Scottish Leaving Certificate Examination, 1951
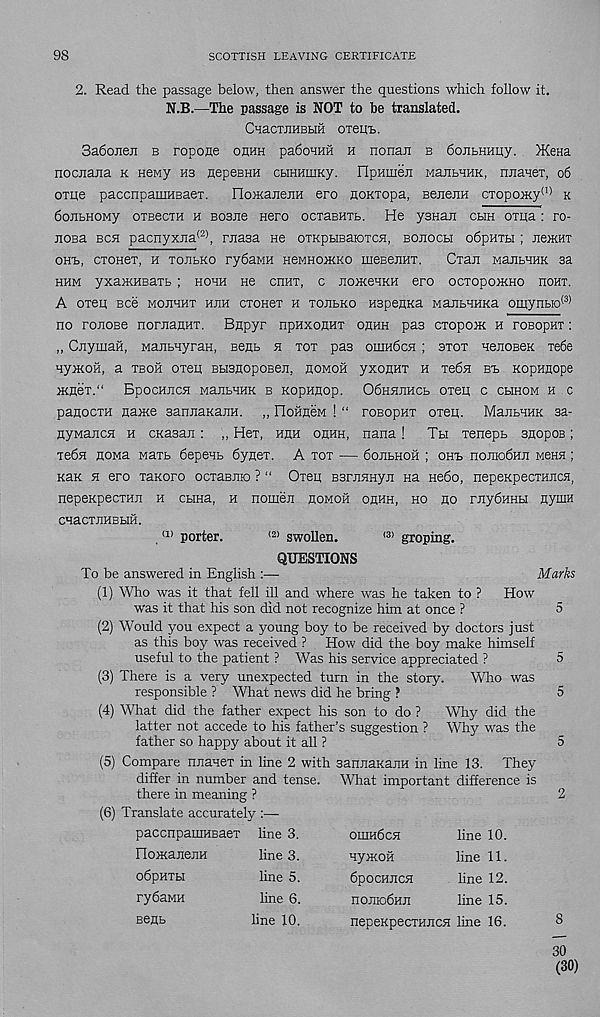
98
SCOTTISH LEAVING CERTIFICATE
2. Read the passage below, then answer the questions which follow it.
N.B.—The passage is ROT to be translated.
CHaCTJlHBHH OTeiTL.
3a6onen b ropoHe ohhh padoHHii h nonan b dojibHHijy. )KeHa
nocnana k Heny hb nepeBHH cuHHiiiKy. ripHmen ManBHHK, nJiaueT, 06
oxiie paccnpauiHEaer.
IloiKaiiejiH ero HOKTopa, Benenn cTopoiKy* 1 ' k
doiibHOMy oTBecTH h Bosiie nero ocxaBHTB. He ysnaii cbih oxiia : ro-
nosa bch pacnyxiia (2) , rnasa ne oTKpbiBaiOTCH, bojiocbi odpHTH ; jibikht
OHE, CT0H6T, H TOJlbKO TydaMH HeMHOIKKO IIieBeJIHT.
CTail MailbHHK 3a
hhm yxaiKHBaTb; hohh He chht, c noiKeuKH ero ocxopomHO hohx.
A oxeii Bee mojihhx hjih cxonex h xoiibKo HspeflKa ManbHHKa oinynbio (3>
no ronoBe nornaiiHx. Bupyr npHxoHHX ohhh pas cxopoxc h roeopHX:
„ CuyniaH, Manbnyran, Benb h xot pas omndcH ; axox nenOBeK xe6e
HyiKoii, a xboh oxen BbisnopoBeii, aomoh yxonax h xedn be KopHnope
IKneX.“ BpOCHHCH ManbHHK B KOpHHOp. 06HHHHCb 0X611 C CbIHOM H C
panocxH name sannaKaHH. „ floHneM ! “ roBopnx oxen. ManbHHK sa-
nyMancH h cKasan : „ Hex, hhh ohhh, nana! Th xenepb snopoB;
xedn nowa waxb Sepenb 6ynex. A tot — donbHon ; ohl uomoCvai Mensi;
Kan n ero xaKoro ocxaBiiio ? “ Oxen ssrnHnyn Ha He6o, nepeKpecxHHCH,
nepeKpecxHn h cbina, h nomen homoh ohhh, ho ho mySHHU Hymn
CHaCXHHBHH.
. a) porter.
(2) swollen.
(3) groping.
QUESTIONS
To be answered in English :—
Marks
(1) Who was it that fell ill and where was he taken to ? How
was it that his son did not recognize him at once ?
5
(2) Would you expect a young boy to be received by doctors just
as this boy was received ? How did the boy make himself
useful to the patient ? Was his service appreciated ?
5
(3) There is a very unexpected turn in the story.
Who was
responsible ? What news did he bring ?
5
(4) What did the father expect his son to do ?
Why did the
latter not accede to his father’s suggestion ? Why was the
father so happy about it all ?
5
(5) Compare nnanex in line 2 with saiuiaKariH in line 13. They
differ in number and tense. What important difference is
there in meaning ?
2
(6) Translate accurately :—
paccnpaiiiHBaex line 3.
FIoiKajiejiH
line 3.
odpHXbi
line 5.
rydaMH
line 6.
BeHb
line 10.
OHiHdcH
line 10.
HyiKOH
line 11.
dpocHncH
line 12.
hoihoOhji
line 15.
nepeKpecxHJicH line 16.
30
(30)